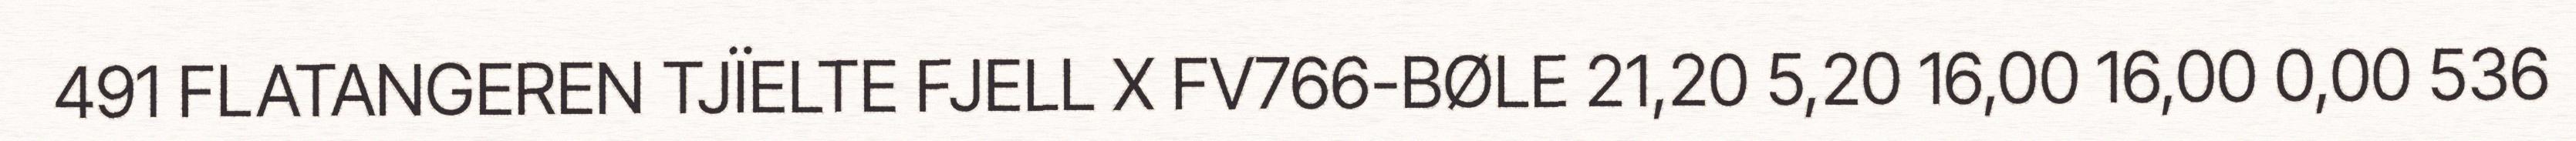
491 FLATANGEREN TJÏELTE FJELL X FV766-BØLE 21,20 5,20 16,00 16,00 0,00 536